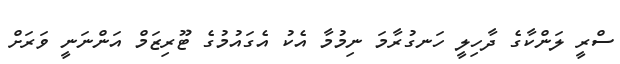
ސްރީ ލަންކާގެ ދާހިލީ ހަނގުރާމަ ނިމުމާ އެކު އެގައުމުގެ ޓޫރިޒަމް އަންނަނީ ވަރަށް